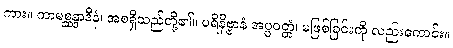
ကား။ ကာမစ္ဆန္ဒာဒီနံ၊ အစရှိသည်တို့၏။ ပရိနိဗ္ဗာနံ အပ္ပဝတ္တံ၊ မဖြစ်ခြင်းကို လည်းကောင်း။